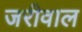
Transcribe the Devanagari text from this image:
जरीवाल